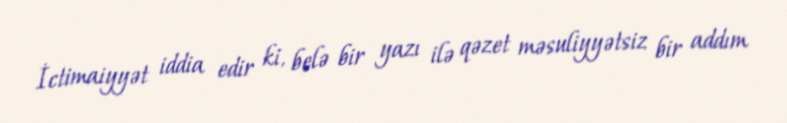
İctimaiyyət iddia edir ki, belə bir yazı ilə qəzet məsuliyyətsiz bir addım